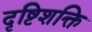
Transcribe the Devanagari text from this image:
दृष्टिशक्ति